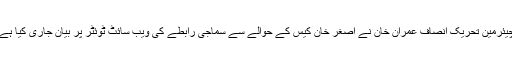
چیئرمین تحریک انصاف عمران خان نے اصغر خان کیس کے حوالے سے سماجی رابطے کی ویب سائٹ ٹوئٹر پر بیان جاری کیا ہے۔